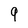
Character: 9